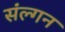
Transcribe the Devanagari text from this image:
संल्गन